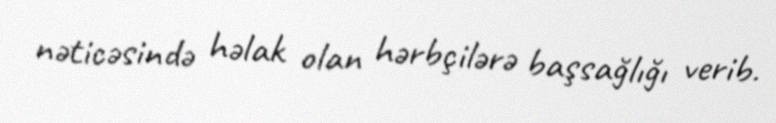
nəticəsində həlak olan hərbçilərə başsağlığı verib.